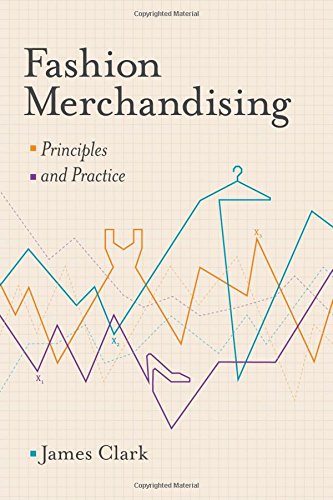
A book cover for Fashion Merchandising: Theory and Practice; James Clark; Business & Money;